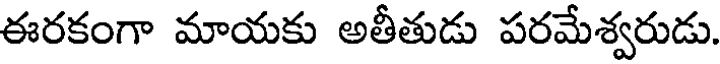
ఈరకంగా మాయకు అతీతుడు పరమేశ్వరుడు.